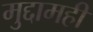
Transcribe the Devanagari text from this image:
मुद्दामही